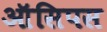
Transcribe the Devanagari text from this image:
ऑसिपस